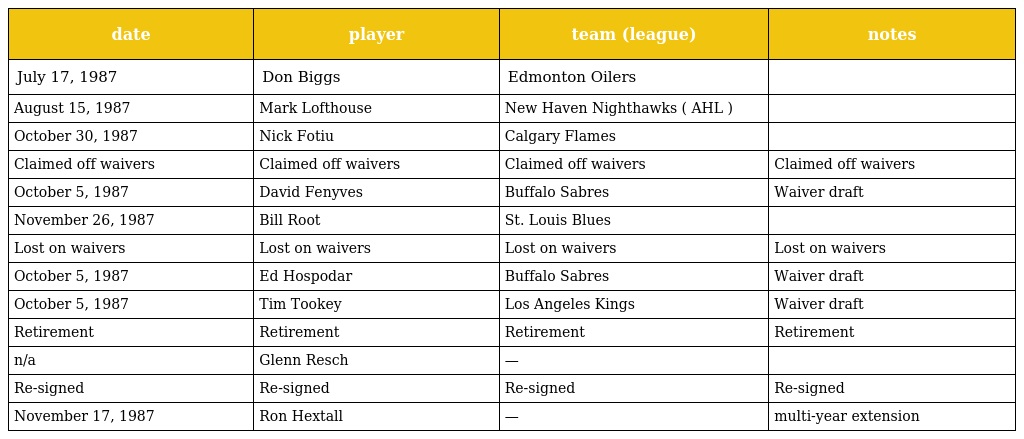
| date | player | team (league) | notes |
 | --- | --- | --- | --- |
 | July 17, 1987 | Don Biggs | Edmonton Oilers |  |
 | August 15, 1987 | Mark Lofthouse | New Haven Nighthawks ( AHL ) |  |
 | October 30, 1987 | Nick Fotiu | Calgary Flames |  |
 | Claimed off waivers | Claimed off waivers | Claimed off waivers | Claimed off waivers |
 | October 5, 1987 | David Fenyves | Buffalo Sabres | Waiver draft |
 | November 26, 1987 | Bill Root | St. Louis Blues |  |
 | Lost on waivers | Lost on waivers | Lost on waivers | Lost on waivers |
 | October 5, 1987 | Ed Hospodar | Buffalo Sabres | Waiver draft |
 | October 5, 1987 | Tim Tookey | Los Angeles Kings | Waiver draft |
 | Retirement | Retirement | Retirement | Retirement |
 | n/a | Glenn Resch | — |  |
 | Re-signed | Re-signed | Re-signed | Re-signed |
 | November 17, 1987 | Ron Hextall | — | multi-year extension |